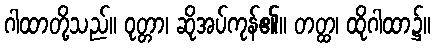
ဂါထာတို့သည်။ ဝုတ္တာ၊ ဆိုအပ်ကုန်၏။ တတ္ထ၊ ထိုဂါထာ၌။